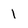
Character: 1